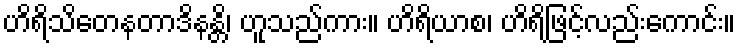
ဟိရိသိတေနတာဒိနန္တိ၊ ဟူသည်ကား။ ဟိရိယာစ၊ ဟိရိဖြင့်လည်းကောင်း။